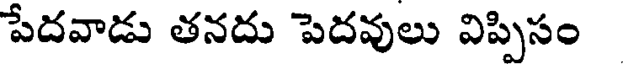
పేదవాడు తనదు పెదవులు విప్పిసం